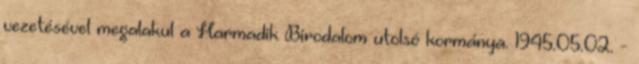
vezetésével megalakul a Harmadik Birodalom utolsó kormánya. 1945.05.02. -